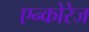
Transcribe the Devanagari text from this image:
एन्कोरेज